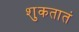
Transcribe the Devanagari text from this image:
शुकतातं